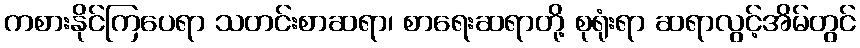
ကစားနိုင်ကြပေရာ သတင်းစာဆရာ၊ စာရေးဆရာတို့ စုရုံးရာ ဆရာလွင့်အိမ်တွင်